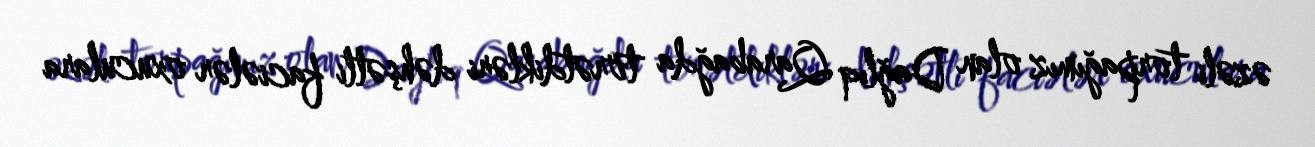
əzəli torpağımız olan Dağlıq Qarabağda törətdikləri dəhşətli faciələr oxuculara